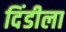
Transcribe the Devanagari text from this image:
दिंडीला